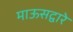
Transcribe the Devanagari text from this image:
माऊसद्वारे